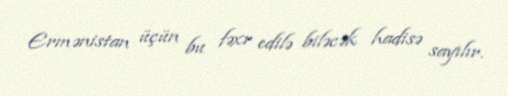
Ermənistan üçün bu fəxr edilə biləcək hadisə sayılır.